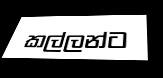
කල්ලන්ට